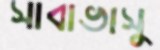
সাবাভাসু